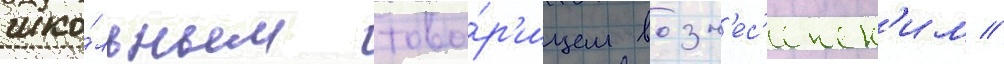
шко́льным това́р'ищем возн'ес'енск'им //